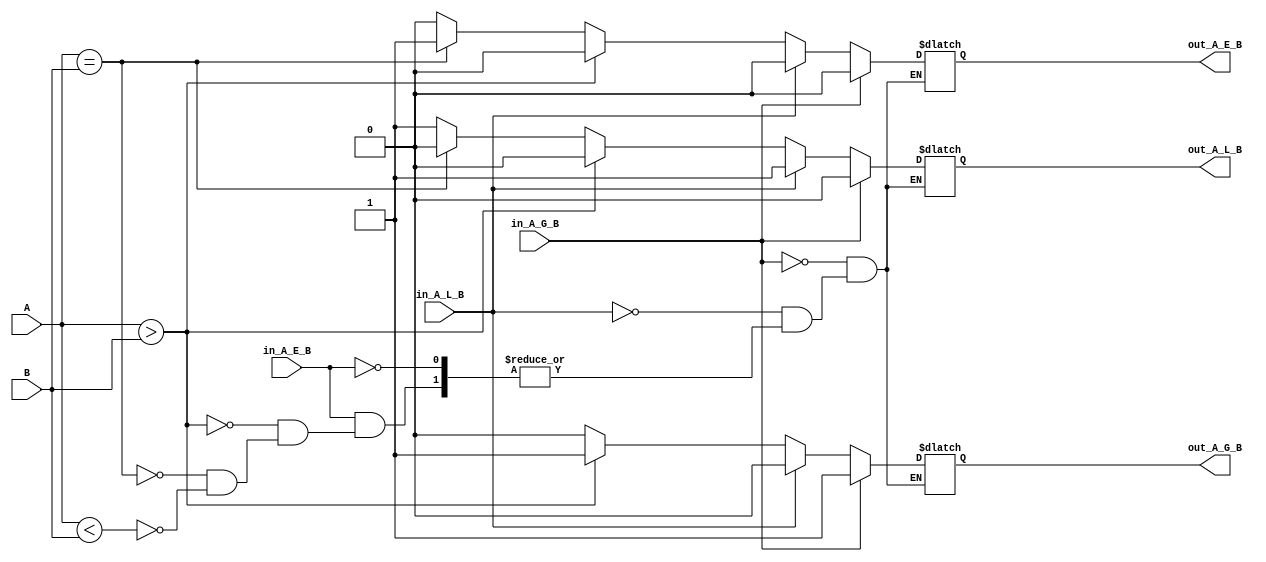
`timescale 1ns / 1ps
//////////////////////////////////////////////////////////////////////////////////
// Company: 
// Engineer: 
// 
// Design Name: 
// Module Name: comp_4
// Project Name: 
// Target Devices: 
// Tool Versions: 
// Description: 
// 
// Dependencies: 
// 
// Revision:
// Revision 0.01 - File Created
// Additional Comments:
// 
//////////////////////////////////////////////////////////////////////////////////


module comp_4(
    input [3:0] A,
    input [3:0] B,
    input in_A_G_B,
    input in_A_E_B,
    input in_A_L_B,
    output reg out_A_G_B,
    output reg out_A_E_B,
    output reg out_A_L_B
    );
    always@ (A or B or in_A_G_B or in_A_E_B or in_A_L_B)
    begin
        if(in_A_G_B == 1)
        begin
            out_A_G_B <= 1;
            out_A_E_B <= 0;
            out_A_L_B <= 0;
        end 
        else if(in_A_L_B == 1) 
        begin
            out_A_G_B <= 0;
            out_A_E_B <= 0;
            out_A_L_B <= 1;
        end
        else if(in_A_E_B == 1)
        begin
            if(A > B)
            begin
                out_A_G_B <= 1;
                out_A_E_B <= 0;
                out_A_L_B <= 0;    
            end
            else if(A == B)
            begin
                out_A_G_B <= 0;
                out_A_E_B <= 1;
                out_A_L_B <= 0;    
            end
            else if(A < B)
            begin
                out_A_G_B <= 0;
                out_A_E_B <= 0;
                out_A_L_B <= 1;    
            end
        end
    end      
      
endmodule